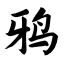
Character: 鸦